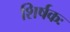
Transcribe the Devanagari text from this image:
शिर्षकः